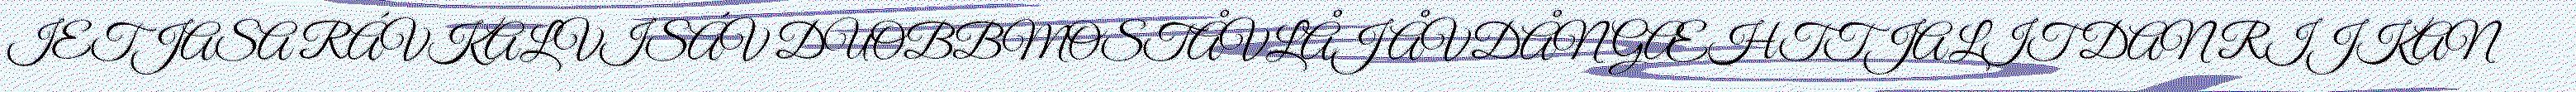
IETJASA RÁVKALVISÁV DUOBBMOSTÅVLÅJ ÅVDÅN GÆHTTJALIT DAN RIJKAN